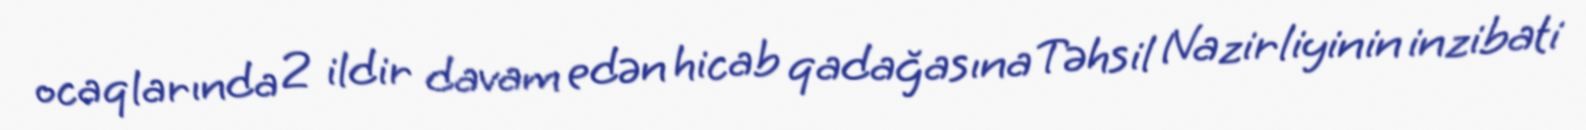
ocaqlarında 2 ildir davam edən hicab qadağasına Təhsil Nazirliyinin inzibati